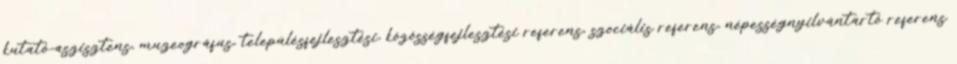
kutató-aszisztens, muzeográfus, településfejlesztési, közösségfejlesztési referens, szociális referens, népességnyilvántartó referens